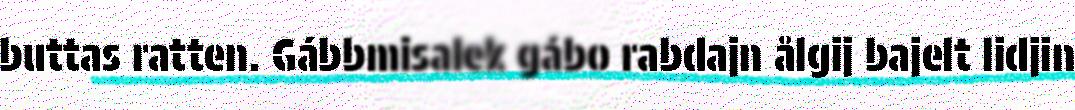
buttas ratten. Gábbmisalek gábo rabdajn ålgij bajelt lidjin